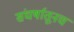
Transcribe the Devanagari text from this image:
संघर्षातूनच